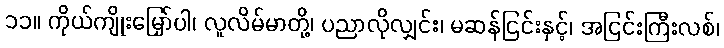
၁၁။ ကိုယ်ကျိုးမြှော်ပါ၊ လူလိမ်မာတို့၊ ပညာလိုလျှင်း၊ မဆန်ငြင်းနှင့်၊ အငြင်းကြီးလစ်၊